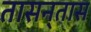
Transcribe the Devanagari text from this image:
तासन्‌तास